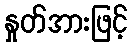
နှုတ်အားဖြင့်